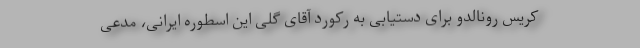
کریس رونالدو برای دستیابی به رکورد آقای گلی این اسطوره ایرانی، مدعی